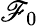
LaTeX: \mathscr{F}_{\mathrm{{0}}}